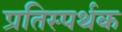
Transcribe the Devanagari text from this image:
प्रतिस्पर्थक